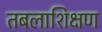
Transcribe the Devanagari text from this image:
तबलाशिक्षण